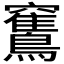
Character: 𥩏